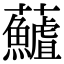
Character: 𮓖